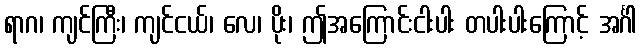
ရာဂ၊ ကျင်ကြီး၊ ကျင်ငယ်၊ လေ၊ ပိုး၊ ဤအကြောင်းငါးပါး တပါးပါးကြောင့် အင်္ဂါ